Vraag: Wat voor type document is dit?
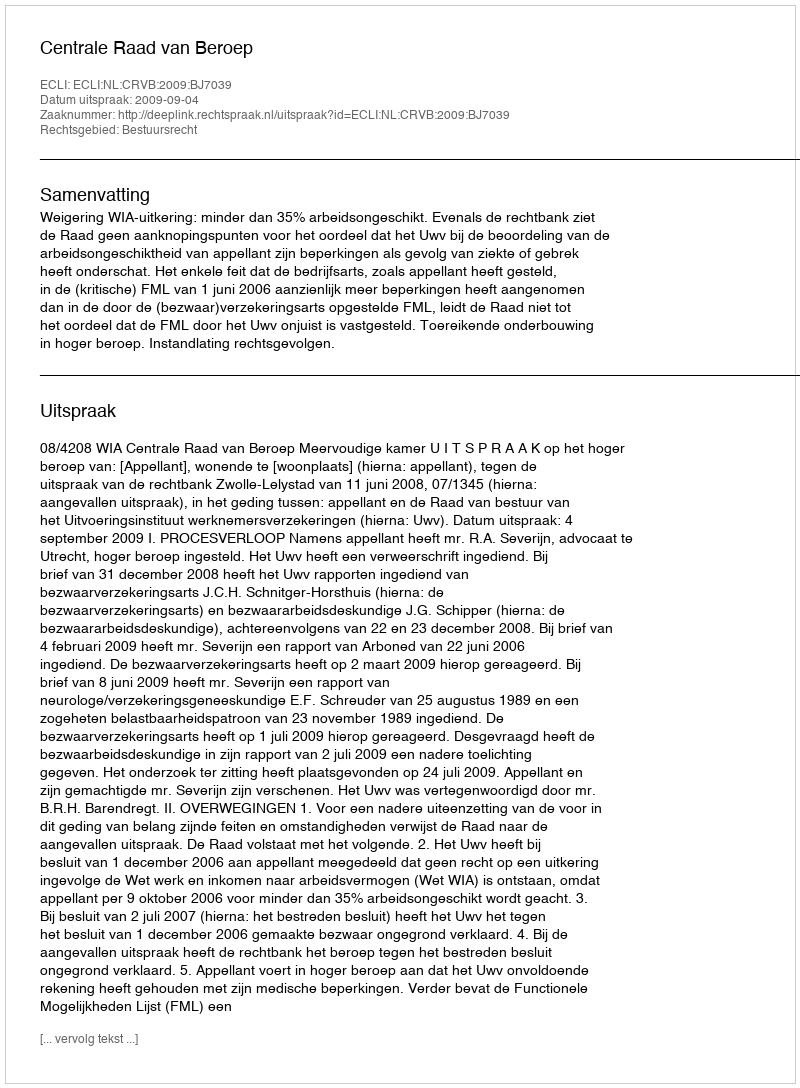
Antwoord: Uitspraak